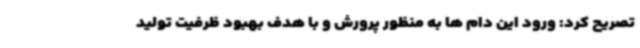
تصریح کرد: ورود این دام ها به منظور پرورش و با هدف بهبود ظرفیت تولید